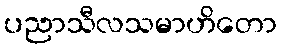
ပညာသီလသမာဟိတော